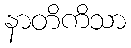
နာတိကိသာ